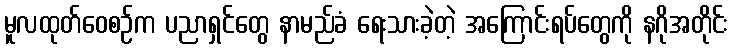
မူလထုတ်ဝေစဉ်က ပညာရှင်တွေ နာမည်ခံ ရေးသားခဲ့တဲ့ အကြောင်းရပ်တွေကို နဂိုအတိုင်း